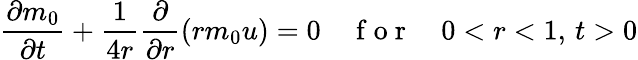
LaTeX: \frac{\partial m_{0}}{\partial t}+\frac{1}{4r}\frac{\partial}{\partial r}(rm_{0}u)=0\quad\mathrm{~f~o~r~}\quad 0<r<1,\, t>0